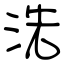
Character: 洗